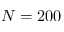
N = 2 0 0